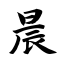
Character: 晨